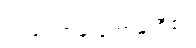
ဥပဒေကြမ်းကော်မတီ၏